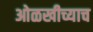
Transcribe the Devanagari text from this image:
ओळखीच्याच